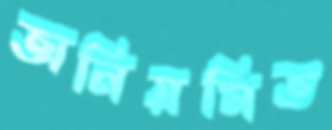
অনিয়মিত